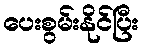
ပေးစွမ်းနိုင်ပြီး